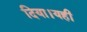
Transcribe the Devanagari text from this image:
दिया।यही